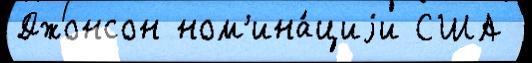
Джонсон ном'ина́циjи США